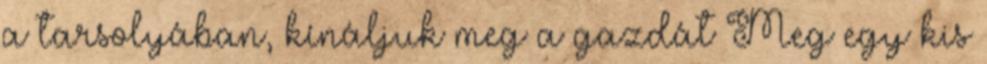
a tarsolyában, kínáljuk meg a gazdát Meg egy kis